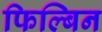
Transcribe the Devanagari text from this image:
फिल्बिन